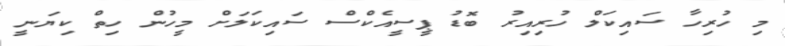
މި ހުރިހާ ސައިކަލް ހުރިއިރު ބޮޑު ޕީސީއެކްސް ސައިކަލަށް މީހުން ހިތް ކިޔަނީ